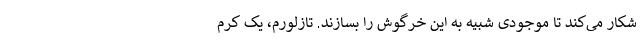
شکار می‌کند تا موجودی شبیه به این خرگوش را بسازند. تازلورم، یک کرم